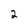
Character: 2